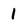
Character: 1